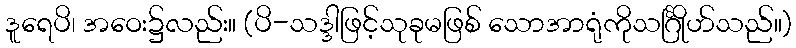
ဒူရေပိ၊ အဝေး၌လည်း။ (ပိ-သဒ္ဒါဖြင့်သုခုမဖြစ် သောအာရုံကိုသင်္ဂြိုဟ်သည်။)